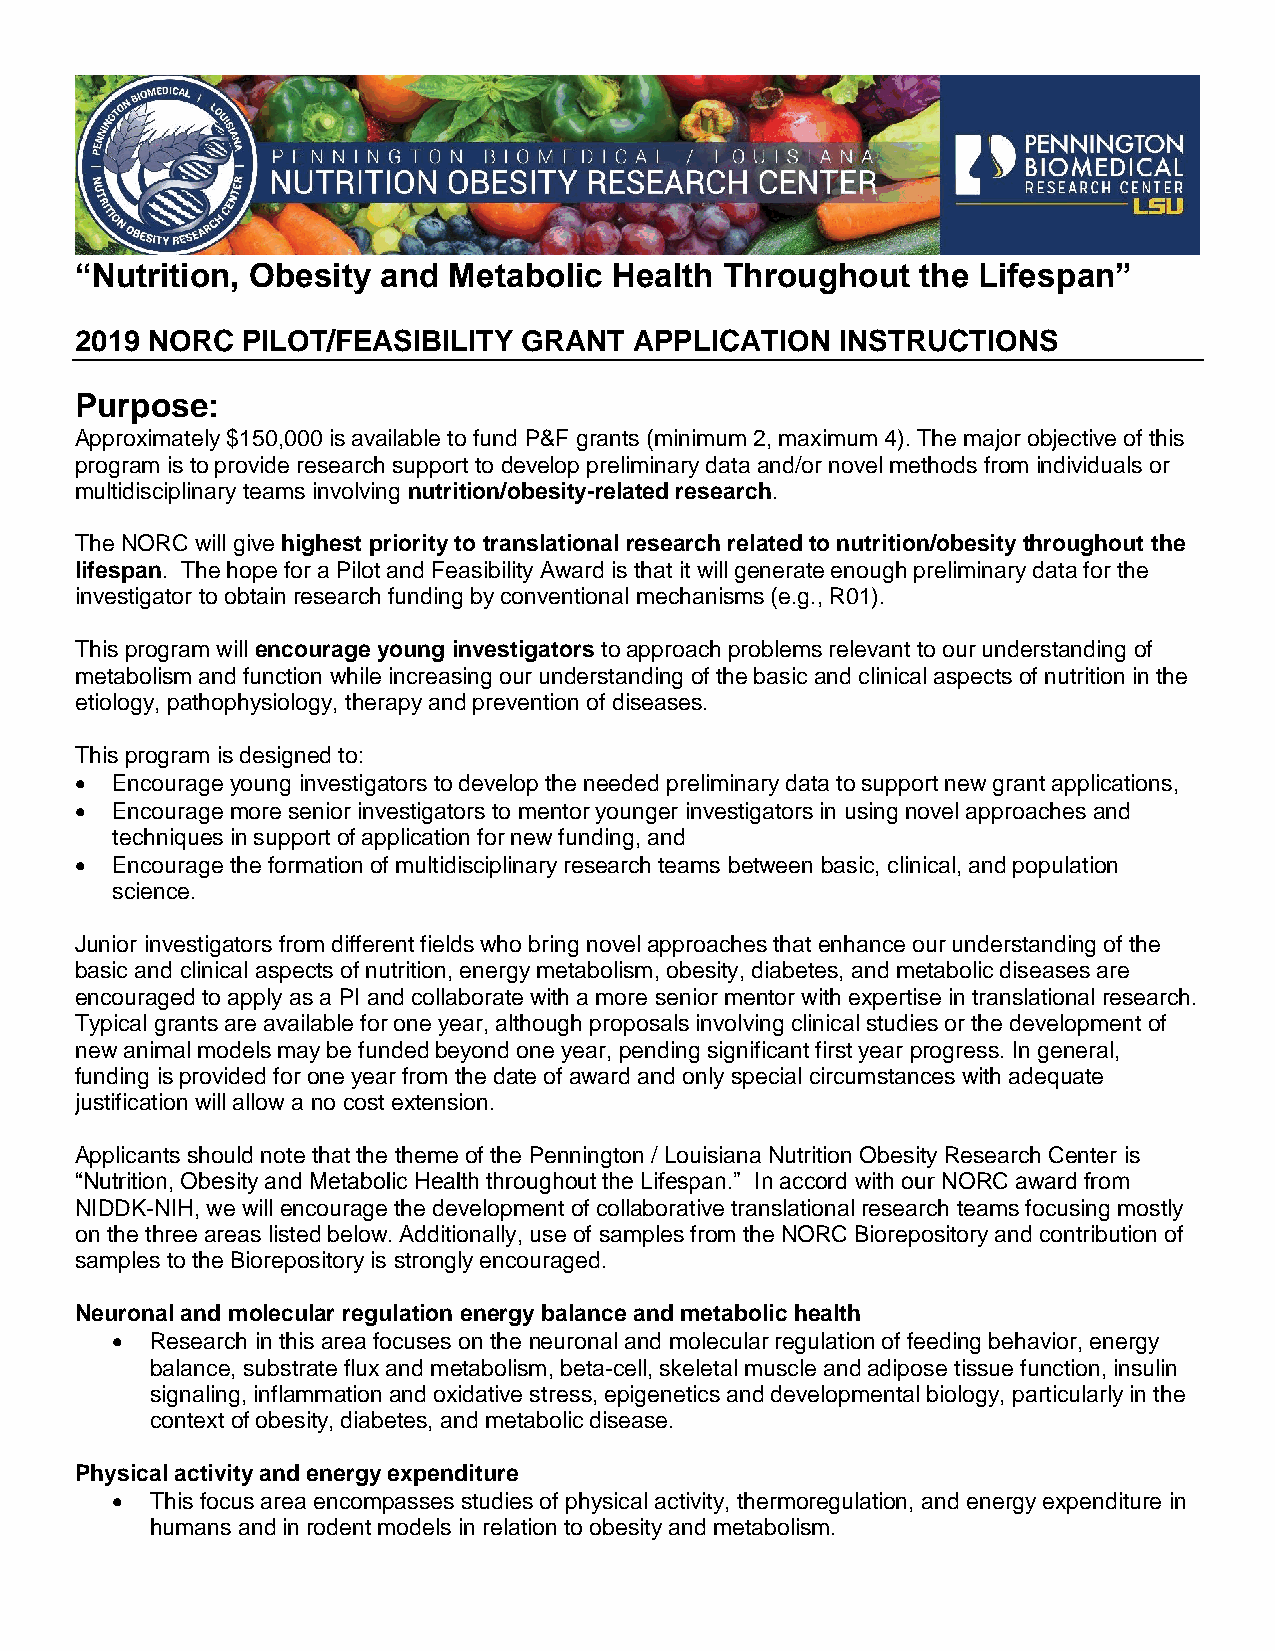
“Nutrition, Obesity and  Metabolic  Health Throughout   the Lifespan”
 2019 NORC  PILOT/FEASIBILITY  GRANT  APPLICATION   INSTRUCTIONS
 Purpose:
 Approximately $150,000 is available to fund P&F grants (minimum 2, maximum 4). The major objective of this
 program is to provide research support to develop preliminary data and/or novel methods from individuals or
 multidisciplinary teams involving nutrition/obesity-related research.
 The NORC will give highest priority to translational research related to nutrition/obesity throughout the
 lifespan. The hope for a Pilot and Feasibility Award is that it will generate enough preliminary data for the
 investigator to obtain research funding by conventional mechanisms (e.g., R01).
 This program will encourage young investigators to approach problems relevant to our understanding of
 metabolism and function while increasing our understanding of the basic and clinical aspects of nutrition in the
 etiology, pathophysiology, therapy and prevention of diseases.
 This program is designed to:
  Encourage young investigators to develop the needed preliminary data to support new grant applications,
  Encourage more senior investigators to mentor younger investigators in using novel approaches and
 techniques in support of application for new funding, and
  Encourage the formation of multidisciplinary research teams between basic, clinical, and population
 science.
 Junior investigators from different fields who bring novel approaches that enhance our understanding of the
 basic and clinical aspects of nutrition, energy metabolism, obesity, diabetes, and metabolic diseases are
 encouraged to apply as a PI and collaborate with a more senior mentor with expertise in translational research.
 Typical grants are available for one year, although proposals involving clinical studies or the development of
 new animal models may be funded beyond one year, pending significant first year progress. In general,
 funding is provided for one year from the date of award and only special circumstances with adequate
 justification will allow a no cost extension.
 Applicants should note that the theme of the Pennington / Louisiana Nutrition Obesity Research Center is
 “Nutrition, Obesity and Metabolic Health throughout the Lifespan.” In accord with our NORC award from
 NIDDK-NIH, we will encourage the development of collaborative translational research teams focusing mostly
 on the three areas listed below. Additionally, use of samples from the NORC Biorepository and contribution of
 samples to the Biorepository is strongly encouraged.
 Neuronal and molecular regulation energy balance and metabolic health
   Research in this area focuses on the neuronal and molecular regulation of feeding behavior, energy
 balance, substrate flux and metabolism, beta-cell, skeletal muscle and adipose tissue function, insulin
 signaling, inflammation and oxidative stress, epigenetics and developmental biology, particularly in the
 context of obesity, diabetes, and metabolic disease.
 Physical activity and energy expenditure
   This focus area encompasses studies of physical activity, thermoregulation, and energy expenditure in
 humans and in rodent models in relation to obesity and metabolism.